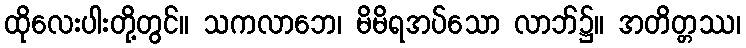
ထိုလေးပါးတို့တွင်။ သကလာဘေ၊ မိမိရအပ်သော လာဘ်၌။ အတိတ္တဿ၊